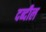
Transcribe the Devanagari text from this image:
दब्दील